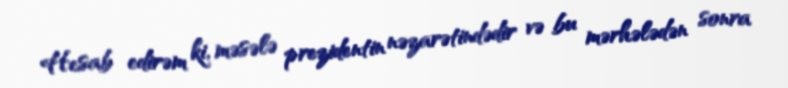
Hesab edirəm ki, məsələ prezidentin nəzarətindədir və bu mərhələdən sonra